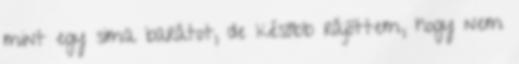
mint egy sima barátot, de később rájöttem, hogy nem